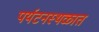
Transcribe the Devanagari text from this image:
पर्यटनस्थळात